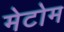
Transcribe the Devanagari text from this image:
मेटोम